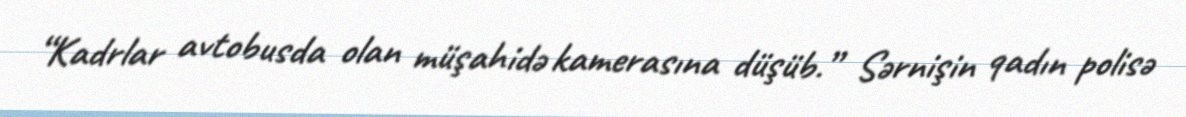
“Kadrlar avtobusda olan müşahidə kamerasına düşüb.” Sərnişin qadın polisə